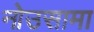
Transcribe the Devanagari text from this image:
नोउसामा